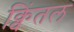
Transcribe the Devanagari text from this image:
क्विंतल